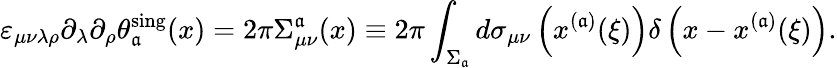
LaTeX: \varepsilon_{\mu\nu\lambda\rho}\partial_{\lambda}\partial_{\rho}\theta_{\mathfrak{a}}^{\mathrm{{sing}}}(x)=2\pi\Sigma_{\mu\nu}^{\mathfrak{a}}(x)\equiv2\pi\int_{\Sigma_{\mathfrak{a}}}^{}d\sigma_{\mu\nu}\left(x^{(\mathfrak{a})}(\xi)\right)\delta\left(x-x^{(\mathfrak{a})}(\xi)\right).